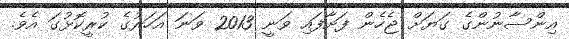
އިންސާނުންގެ ގަޔަށް ޖެހެން ފަށާފައި ވަނީ 2013 ވަނަ އަހަރުގެ ކުރީކޮޅުގަ އެވެ.